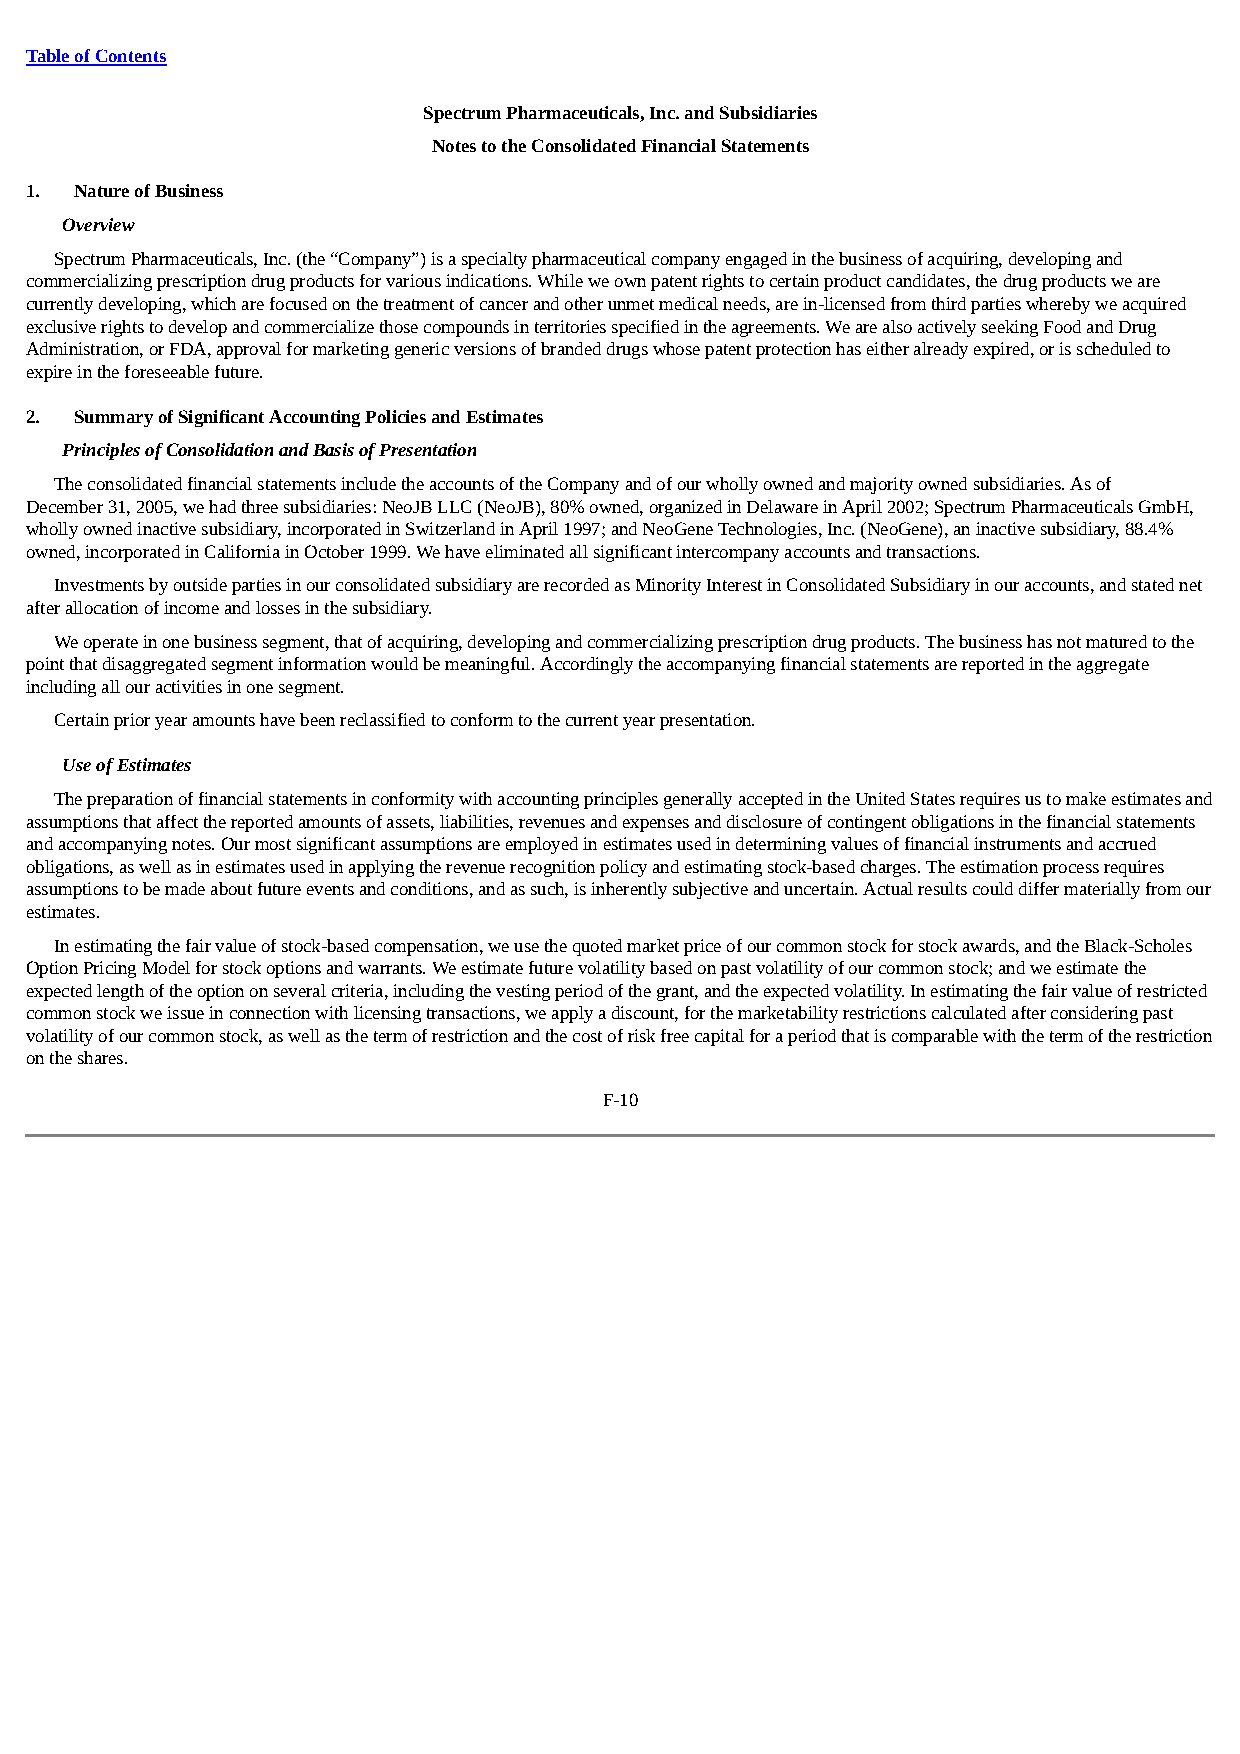
Table of Contents
 Spectrum Pharmaceuticals, Inc. and Subsidiaries
 Notes to the Consolidated Financial Statements
 1. Nature of Business
 Overview
 Spectrum Pharmaceuticals, Inc. (the “Company”) is a specialty pharmaceutical company engaged in the business of acquiring, developing and
 commercializing prescription drug products for various indications. While we own patent rights to certain product candidates, the drug products we are
 currently developing, which are focused on the treatment of cancer and other unmet medical needs, are in-licensed from third parties whereby we acquired
 exclusive rights to develop and commercialize those compounds in territories specified in the agreements. We are also actively seeking Food and Drug
 Administration, or FDA, approval for marketing generic versions of branded drugs whose patent protection has either already expired, or is scheduled to
 expire in the foreseeable future.
 2. Summary of Significant Accounting Policies and Estimates
 Principles of Consolidation and Basis of Presentation
 The consolidated financial statements include the accounts of the Company and of our wholly owned and majority owned subsidiaries. As of
 December 31, 2005, we had three subsidiaries: NeoJB LLC (NeoJB), 80% owned, organized in Delaware in April 2002; Spectrum Pharmaceuticals GmbH,
 wholly owned inactive subsidiary, incorporated in Switzerland in April 1997; and NeoGene Technologies, Inc. (NeoGene), an inactive subsidiary, 88.4%
 owned, incorporated in California in October 1999. We have eliminated all significant intercompany accounts and transactions.
 Investments by outside parties in our consolidated subsidiary are recorded as Minority Interest in Consolidated Subsidiary in our accounts, and stated net
 after allocation of income and losses in the subsidiary.
 We operate in one business segment, that of acquiring, developing and commercializing prescription drug products. The business has not matured to the
 point that disaggregated segment information would be meaningful. Accordingly the accompanying financial statements are reported in the aggregate
 including all our activities in one segment.
 Certain prior year amounts have been reclassified to conform to the current year presentation.
 Use of Estimates
 The preparation of financial statements in conformity with accounting principles generally accepted in the United States requires us to make estimates and
 assumptions that affect the reported amounts of assets, liabilities, revenues and expenses and disclosure of contingent obligations in the financial statements
 and accompanying notes. Our most significant assumptions are employed in estimates used in determining values of financial instruments and accrued
 obligations, as well as in estimates used in applying the revenue recognition policy and estimating stock-based charges. The estimation process requires
 assumptions to be made about future events and conditions, and as such, is inherently subjective and uncertain. Actual results could differ materially from our
 estimates.
 In estimating the fair value of stock-based compensation, we use the quoted market price of our common stock for stock awards, and the Black-Scholes
 Option Pricing Model for stock options and warrants. We estimate future volatility based on past volatility of our common stock; and we estimate the
 expected length of the option on several criteria, including the vesting period of the grant, and the expected volatility. In estimating the fair value of restricted
 common stock we issue in connection with licensing transactions, we apply a discount, for the marketability restrictions calculated after considering past
 volatility of our common stock, as well as the term of restriction and the cost of risk free capital for a period that is comparable with the term of the restriction
 on the shares.
 F-10